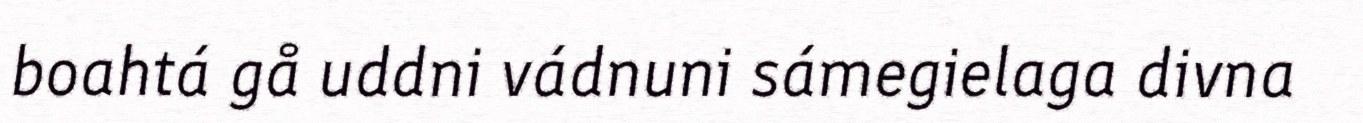
boahtá gå uddni vádnuni sámegielaga divna